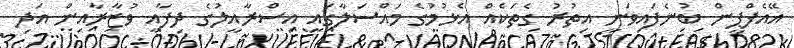
އޭއެފްޕީން ބުނެފައިވަނީ އިތުރު ގެތަކެއް އެޅުމުގެ މައްސަލާގައި އިސްރާއީލުގެ ދިފާއީ ވުޒާރާއިން އަދި